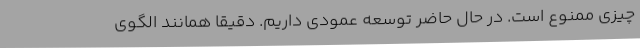
چیزی ممنوع است. در حال حاضر توسعه عمودی داریم. دقیقا همانند الگوی